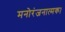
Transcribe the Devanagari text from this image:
मनोरंजनात्मक।